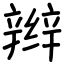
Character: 辫